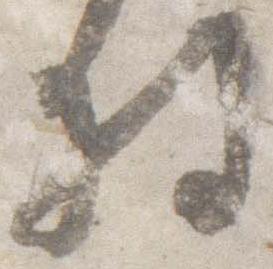
将